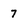
Character: 7